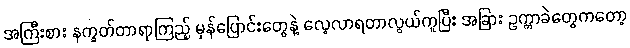
အကြီးစား နက္ခတ်တာရာကြည့် မှန်ပြောင်းတွေနဲ့ လေ့လာရတာလွယ်ကူပြီး အခြား ဥက္ကာခဲတွေကတော့